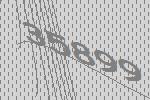
35899